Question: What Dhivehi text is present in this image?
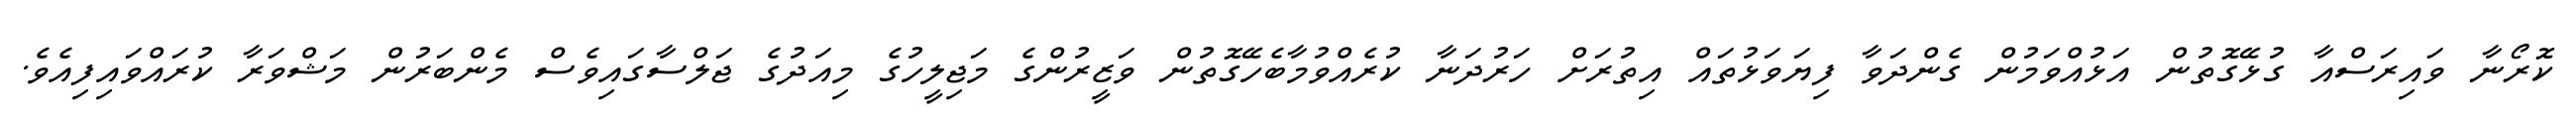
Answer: ކޮރޯނާ ވައިރަސްއާ ގުޅޭގޮތުން އަޅުއްވަމުން ގެންދަވާ ފިޔަވަޅުތައް އިތުރަށް ހަރުދަނާ ކުރެއްވުމާބެހޭގޮތުން ވަޒީރުންގެ މަޖިލީހުގެ މިއަދުގެ ޖަލްސާގައިވެސް މެންބަރުން މަޝްވަރާ ކުރައްވައިފިއެވެ.